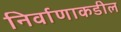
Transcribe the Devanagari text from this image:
निर्वाणाकडील